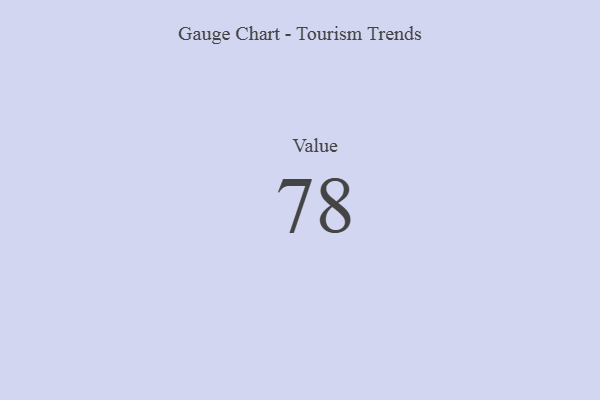
{"axis": {"x": "Metric", "y": "Value"}, "legend": [""], "data": [{"x": "Value", "y": 78, "type": ""}]}